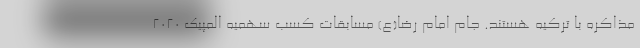
مذاکره با ترکیه هستند. جام امام رضا(ع) مسابقات کسب سهمیه المپیک ۲۰۲۰